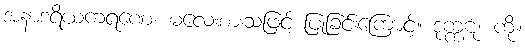
အနာဒရိယကရဏေ၊ မလေးစားသဖြင့် ပြုခြင်းကြောင့်။ ဒုက္ကဋံ၊ ကို။